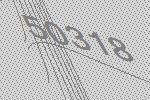
50318